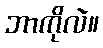
ဘာကိုလဲ။